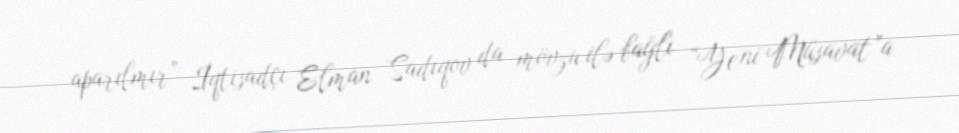
aparılmır” İqtisadçı Elman Sadıqov da mövzu ilə bağlı “Yeni Müsavat”a